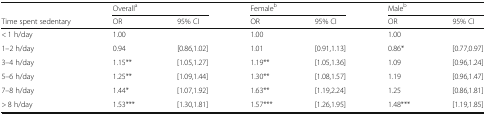
<table><thead><tr><td></td><td colspan="2"><b>Overall<sup>a</sup></b></td><td colspan="2"><b>Female<sup>b</sup></b></td><td colspan="2"><b>Male<sup>b</sup></b></td></tr><tr><td><b>Time spent sedentary</b></td><td><b>OR</b></td><td><b>95% CI</b></td><td><b>OR</b></td><td><b>95% CI</b></td><td><b>OR</b></td><td><b>95% CI</b></td></tr></thead><tbody><tr><td>&lt; 1 h/day</td><td>1.00</td><td></td><td>1.00</td><td></td><td>1.00</td><td></td></tr><tr><td>1–2 h/day</td><td>0.94</td><td>[0.86,1.02]</td><td>1.01</td><td>[0.91,1.13]</td><td>0.86*</td><td>[0.77,0.97]</td></tr><tr><td>3–4 h/day</td><td>1.15**</td><td>[1.05,1.27]</td><td>1.19**</td><td>[1.05,1.36]</td><td>1.09</td><td>[0.96,1.24]</td></tr><tr><td>5–6 h/day</td><td>1.25**</td><td>[1.09,1.44]</td><td>1.30**</td><td>[1.08,1.57]</td><td>1.19</td><td>[0.96,1.47]</td></tr><tr><td>7–8 h/day</td><td>1.44*</td><td>[1.07,1.92]</td><td>1.63**</td><td>[1.19,2.24]</td><td>1.25</td><td>[0.86,1.81]</td></tr><tr><td>&gt; 8 h/day</td><td>1.53***</td><td>[1.30,1.81]</td><td>1.57***</td><td>[1.26,1.95]</td><td>1.48***</td><td>[1.19,1.85]</td></tr></tbody></table>